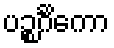
ပဉ္စင်္ဂိကော